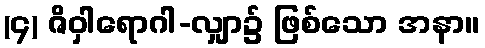
(၄) ဇိဝှါရောဂါ-လျှာ၌ ဖြစ်သော အနာ။